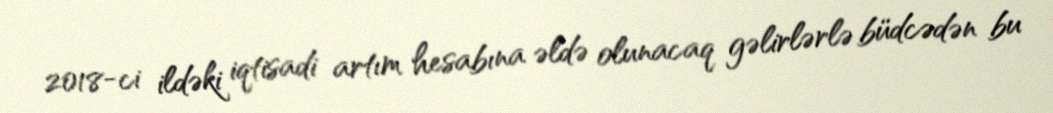
2018-ci ildəki iqtisadi artım hesabına əldə olunacaq gəlirlərlə büdcədən bu